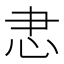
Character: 𢗱